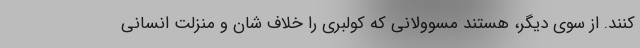
كنند. از سوي ديگر، هستند مسوولاني كه كولبري را خلاف شان و منزلت انساني